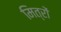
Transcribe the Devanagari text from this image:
मित्रोंं